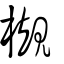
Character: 槻